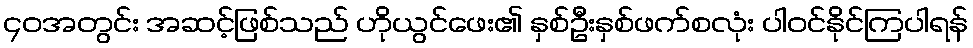
၄၀အတွင်း အဆင့်ဖြစ်သည် ဟိုယွင်ဖေး၏ နှစ်ဦးနှစ်ဖက်စလုံး ပါဝင်နိုင်ကြပါရန်